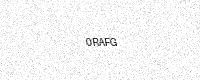
Text: 0RAFG